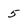
Character: 5